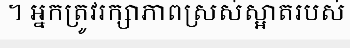
។ អ្នកត្រូវរក្សាភាពស្រស់ស្អាតរបស់